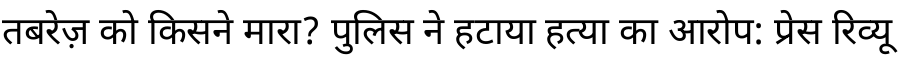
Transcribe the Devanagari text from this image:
तबरेज़ को किसने मारा? पुलिस ने हटाया हत्या का आरोप: प्रेस रिव्यू